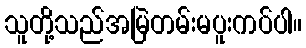
သူတို့သည်အမြဲတမ်းမပူးကပ်ပါ။